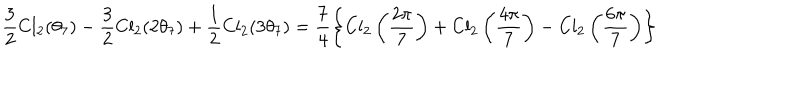
\frac 3 2 \mathrm { C l } _ { 2 } ( \theta _ { 7 } ) - \frac 3 2 \mathrm { C l } _ { 2 } ( 2 \theta _ { 7 } ) + \frac 1 2 \mathrm { C l } _ { 2 } ( 3 \theta _ { 7 } ) = \frac 7 4 \left\{ \mathrm { C l } _ { 2 } \left( \frac { 2 \pi } { 7 } \right) + \mathrm { C l } _ { 2 } \left( \frac { 4 \pi } { 7 } \right) - \mathrm { C l } _ { 2 } \left( \frac { 6 \pi } { 7 } \right) \right\}